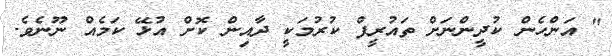
" އަންހެން ކުދީންނަށް ތައުރީފް ކުރުމަކީ ދާއިން ކޮށް އުޅޭ ކަމެއް ނޫނެވެ.